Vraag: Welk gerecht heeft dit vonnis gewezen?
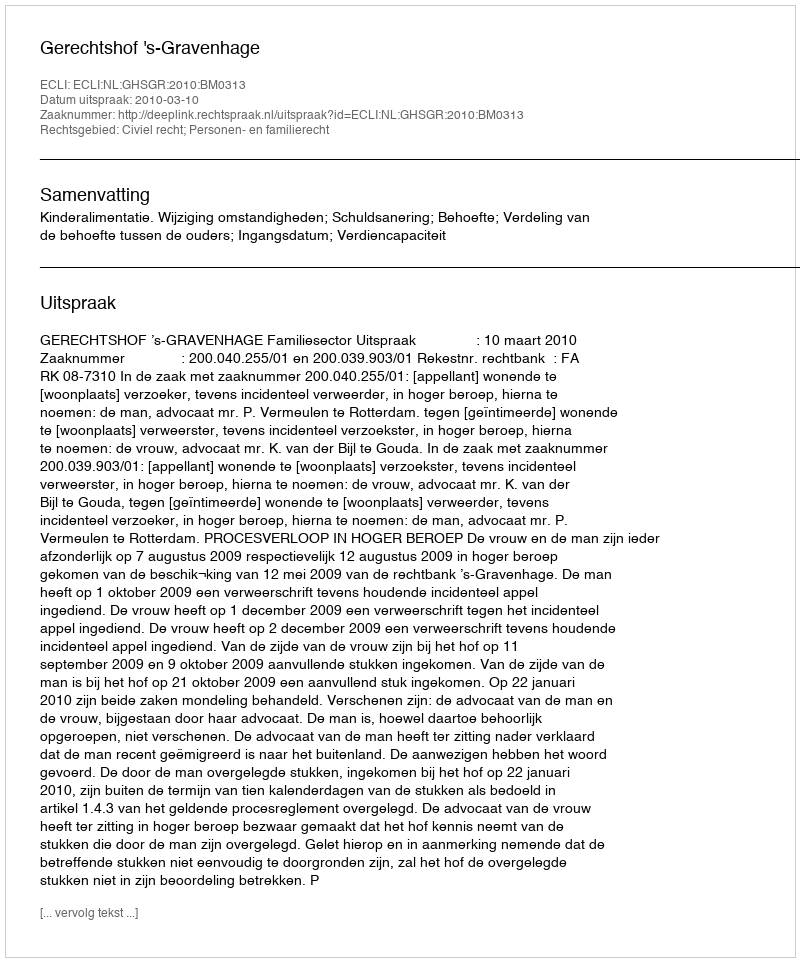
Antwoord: Gerechtshof 's-Gravenhage